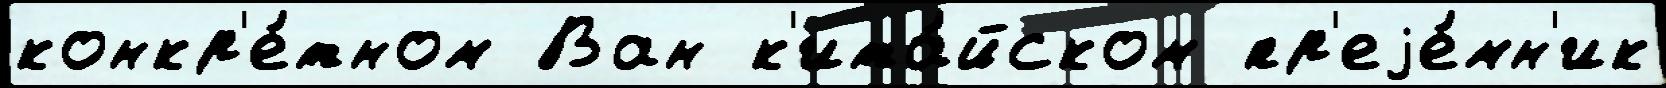
конкр'е́тном Ван к'ита́йском пр'еjе́мн'ик